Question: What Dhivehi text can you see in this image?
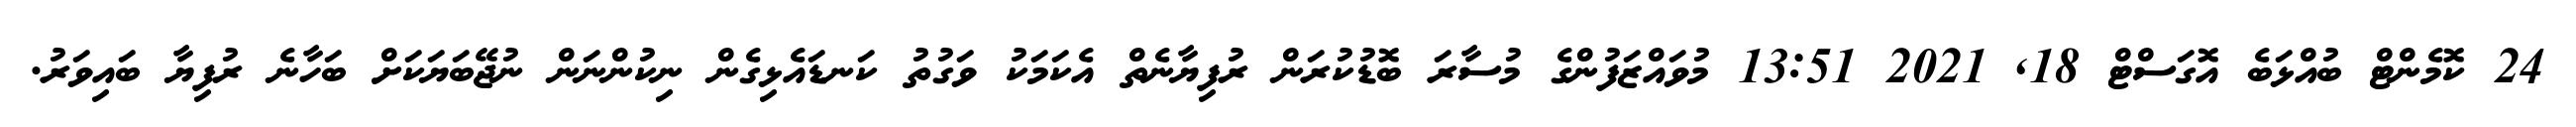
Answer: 24 ކޮމެންޓް ބުއްޅަބެ އޮގަސްޓް 18, 2021 13:51 މުވައްޒަފުންގެ މުސާރަ ބޮޑުކުރަން ރުފިޔާނެތް އެކަމަކު ވަގުތު ކަނޑައެޅިގެން ނިކުންނަން ނުޖޭބަޔަކަށް ބަހާނެ ރުފިޔާ ބައިވަރު.